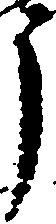
う